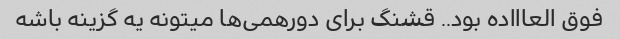
فوق العاااده بود.. قشنگ برای دورهمی‌ها میتونه یه گزینه باشه